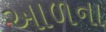
આળના